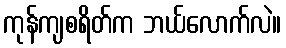
ကုန်ကျစရိတ်က ဘယ်လောက်လဲ။